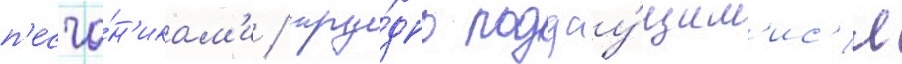
п'есча́н'икам'и / тру́дно поддау́щим'ис'я